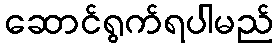
ဆောင်ရွက်ရပါမည်